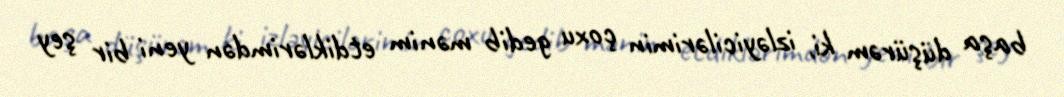
başa düşürəm ki, izləyicilərimin çoxu gedib mənim etdiklərimdən yeni bir şey